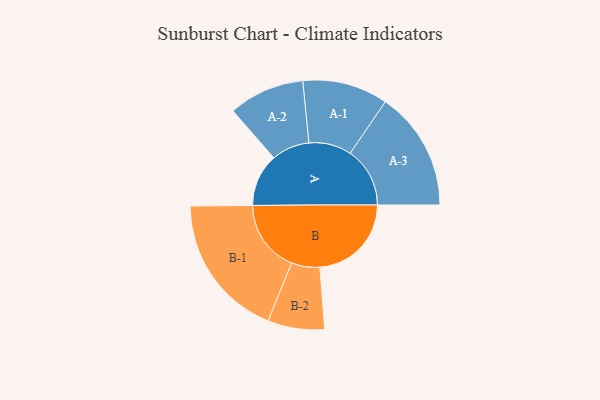
{"axis": {"x": "Segment", "y": "Value"}, "legend": ["", "A", "B"], "data": [{"x": "A", "y": 214, "type": ""}, {"x": "B", "y": 371, "type": ""}, {"x": "A-1", "y": 173, "type": "A"}, {"x": "A-2", "y": 154, "type": "A"}, {"x": "A-3", "y": 242, "type": "A"}, {"x": "B-1", "y": 293, "type": "B"}, {"x": "B-2", "y": 115, "type": "B"}]}